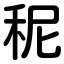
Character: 秜